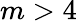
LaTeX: m>4